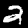
Label: 2